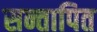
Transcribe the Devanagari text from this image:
सन्तापित